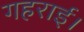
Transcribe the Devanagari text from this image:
गहराई।